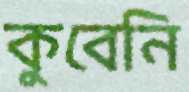
কুবেনি